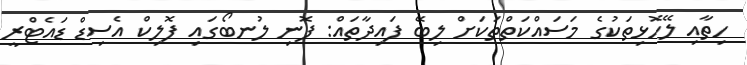
ހިތާއި ލޭހޮޅިތަކުގެ މަސައްކަތްތަކަށް ލިބޭ ފައިދާތައް: ފޮނި ލުނބޯގައި ފޮލިކް އެސިޑް ޑައެޓްރީ